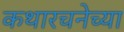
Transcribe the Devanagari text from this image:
कथारचनेच्या